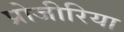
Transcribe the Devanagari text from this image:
प्रोजीरिया